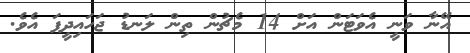
އޭނާ ވަނީ އެވަޓަން އަށް 14 މެޗުން ތިން ލަނޑު ޖަހައިދީފަ އެވެ.